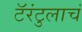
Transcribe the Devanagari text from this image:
टॅरंटुलाचं